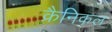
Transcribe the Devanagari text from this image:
क्रैनिकल